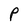
Character: P